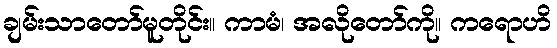
ချမ်းသာတော်မူတိုင်း။ ကာမံ၊ အလိုတော်ကို။ ကရောဟိ